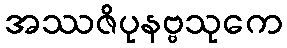
အဿဇိပုနဗ္ဗသုကေ